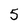
Character: 5